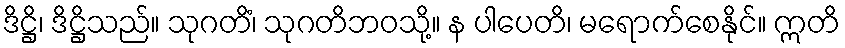
ဒိဋ္ဌိ၊ ဒိဋ္ဌိသည်။ သုဂတိံ၊ သုဂတိဘဝသို့။ န ပါပေတိ၊ မရောက်စေနိုင်။ ဣတိ